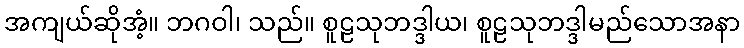
အကျယ်ဆိုအံ့။ ဘဂဝါ၊ သည်။ စူဠသုဘဒ္ဒါယ၊ စူဠသုဘဒ္ဒါမည်သောအနာ